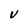
Character: V